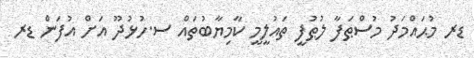
ޑރ މުޙައްމަދު މުސްޠަފާ ލުޠުފީ ތައުލީމީ ކާމިޔާބުތައް ސ.ހުޅުދޫ އަށް އުފަން ޑރ